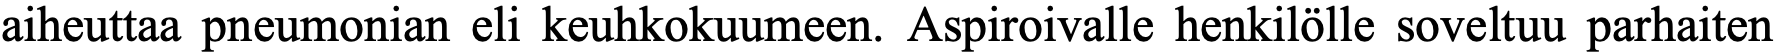
aiheuttaa pneumonian eli keuhkokuumeen. Aspiroivalle henkilölle soveltuu parhaiten